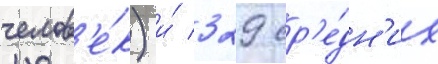
челов'е́к) и́ 329 ср'е́дн'их